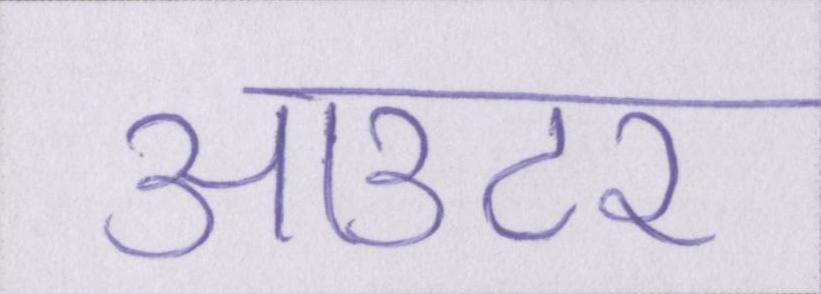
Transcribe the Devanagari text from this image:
आउटर